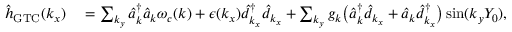
\begin{array} { r l } { { \hat { h } } _ { \mathrm { G T C } } ( k _ { x } ) } & { { } = \sum _ { { k _ { y } } } \hat { a } _ { \boldsymbol k } ^ { \dagger } \hat { a } _ { \boldsymbol k } \omega _ { c } ( { \boldsymbol k } ) + \epsilon ( k _ { x } ) \hat { d } _ { k _ { x } } ^ { \dagger } \hat { d } _ { k _ { x } } + \sum _ { k _ { y } } { g _ { \boldsymbol k } } \big ( \hat { a } _ { { \boldsymbol k } } ^ { \dagger } \hat { d } _ { k _ { x } } + \hat { a } _ { { \boldsymbol k } } \hat { d } _ { k _ { x } } ^ { \dagger } \big ) \sin ( { k _ { y } } Y _ { 0 } ) , } \end{array}